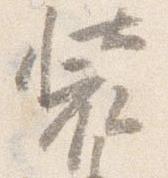
装